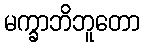
မက္ခာဘိဘူတော